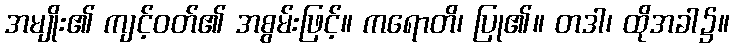
အမျိုး၏ ကျင့်ဝတ်၏ အစွမ်းဖြင့်။ ကရောတိ၊ ပြု၏။ တဒါ၊ ထိုအခါ၌။